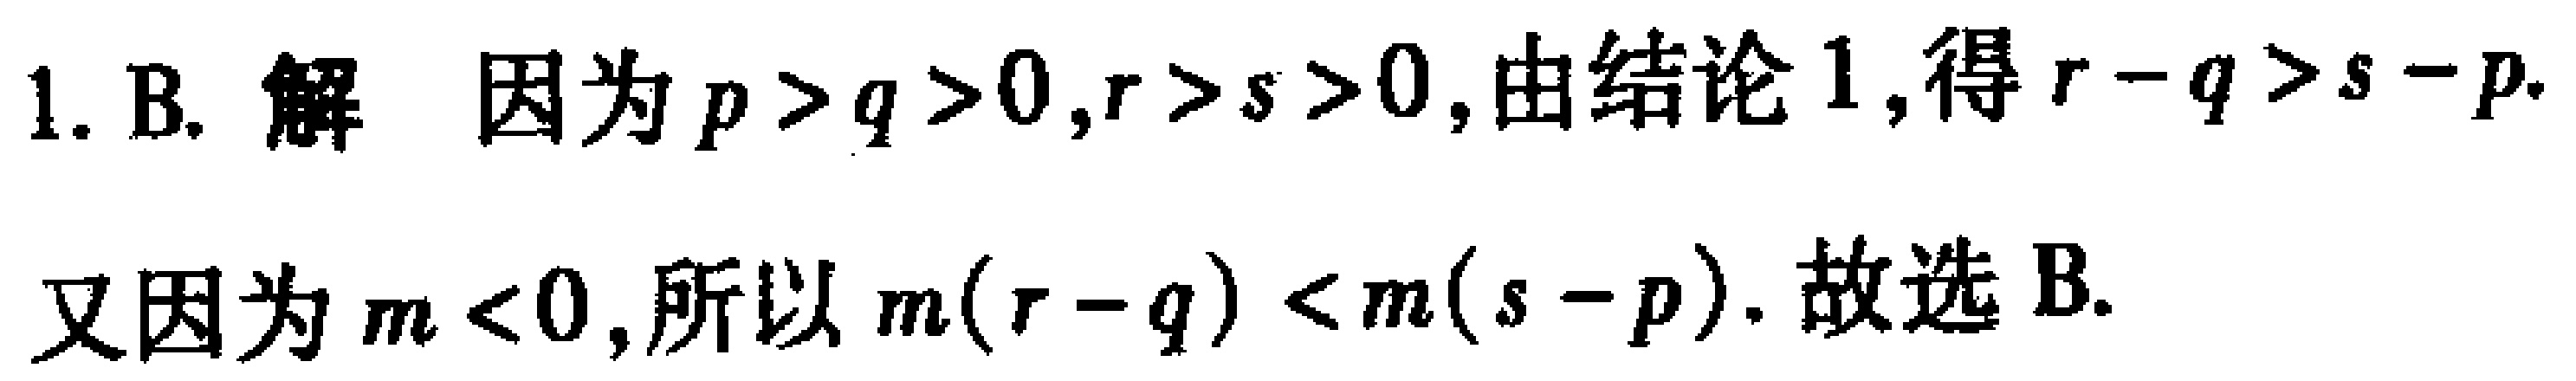
1. B. 解 因为\(p > q > 0,r > s > 0\),由结论1,得\(r - q > s - p\).

又因为\(m < 0\),所以\(m(r - q) < m(s - p)\). 故选 B.